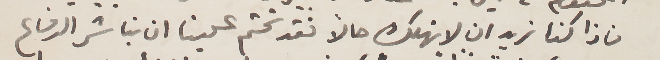
فاذا كنا نريد ان لا نهلك حالاً فقد تحتم علينا ان نباشر الدفاع